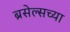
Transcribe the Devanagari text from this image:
ब्रसेल्सच्या